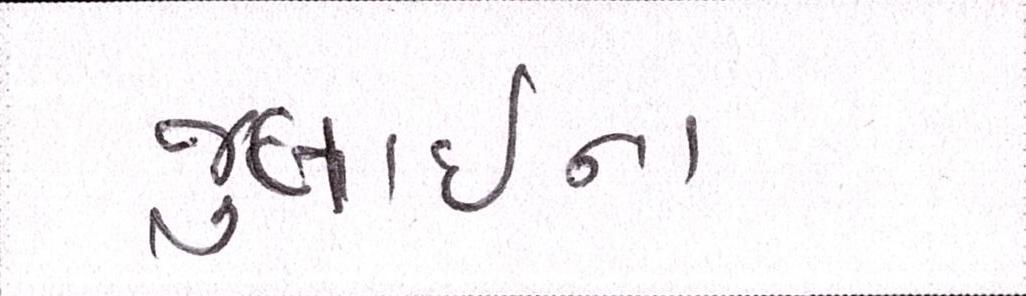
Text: જુલાઈના